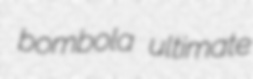
bombola ultimate